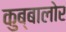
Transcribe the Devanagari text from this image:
कुब्बालोर